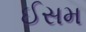
ઈસમ